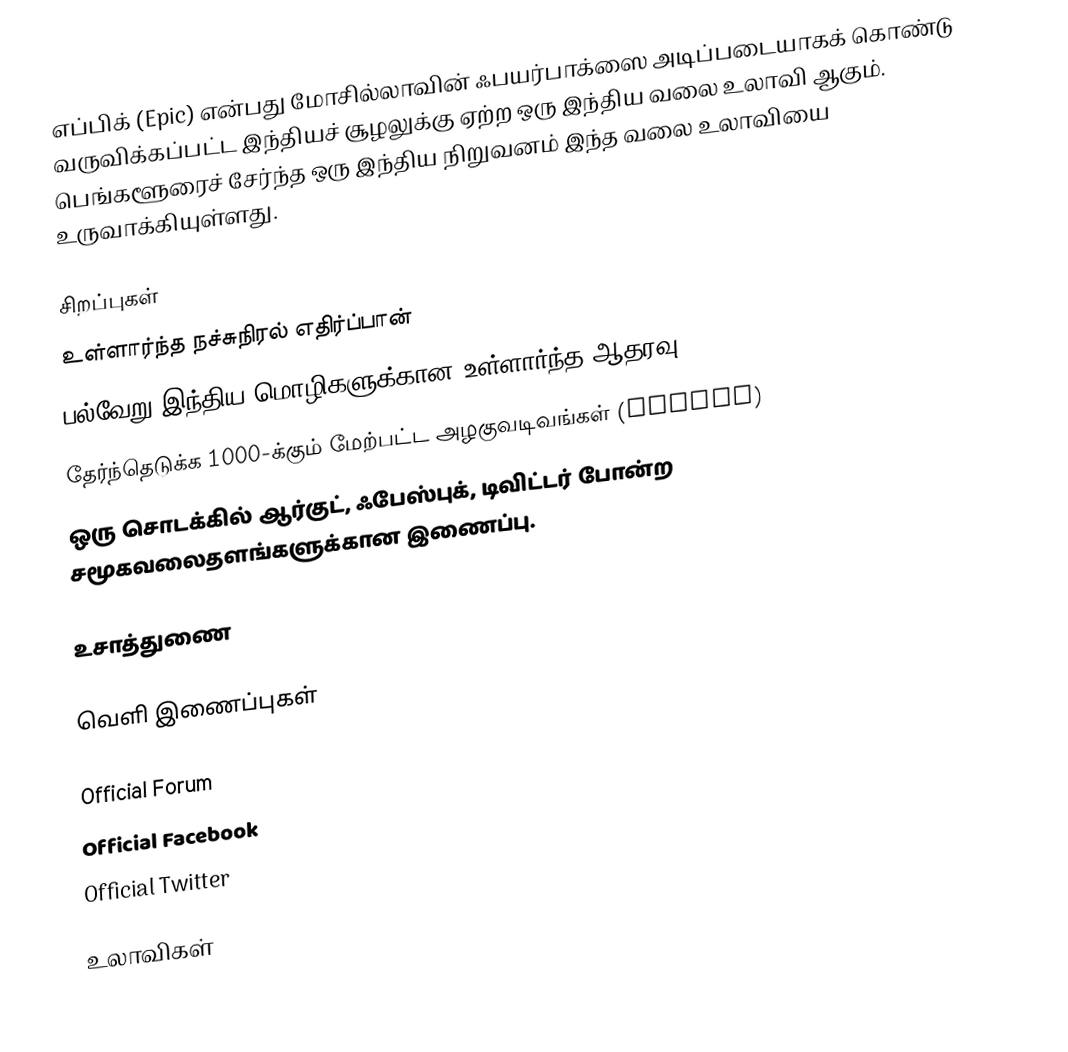
எப்பிக் (Epic) என்பது மோசில்லாவின் ஃபயர்பாக்ஸை அடிப்படையாகக் கொண்டு வருவிக்கப்பட்ட இந்தியச் சூழலுக்கு ஏற்ற ஒரு இந்திய வலை உலாவி ஆகும். பெங்களூரைச் சேர்ந்த ஒரு இந்திய நிறுவனம் இந்த வலை உலாவியை உருவாக்கியுள்ளது.

சிறப்புகள்
 உள்ளார்ந்த நச்சுநிரல் எதிர்ப்பான்
 பல்வேறு இந்திய மொழிகளுக்கான உள்ளார்ந்த ஆதரவு
 தேர்ந்தெடுக்க 1000-க்கும் மேற்பட்ட அழகுவடிவங்கள் (themes)
 ஒரு சொடக்கில் ஆர்குட், ஃபேஸ்புக், டிவிட்டர் போன்ற சமூகவலைதளங்களுக்கான இணைப்பு.

உசாத்துணை

வெளி இணைப்புகள்

Official Forum
Official Facebook
Official Twitter

உலாவிகள்